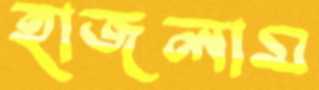
হাজলাম